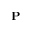
\mathbf { P }